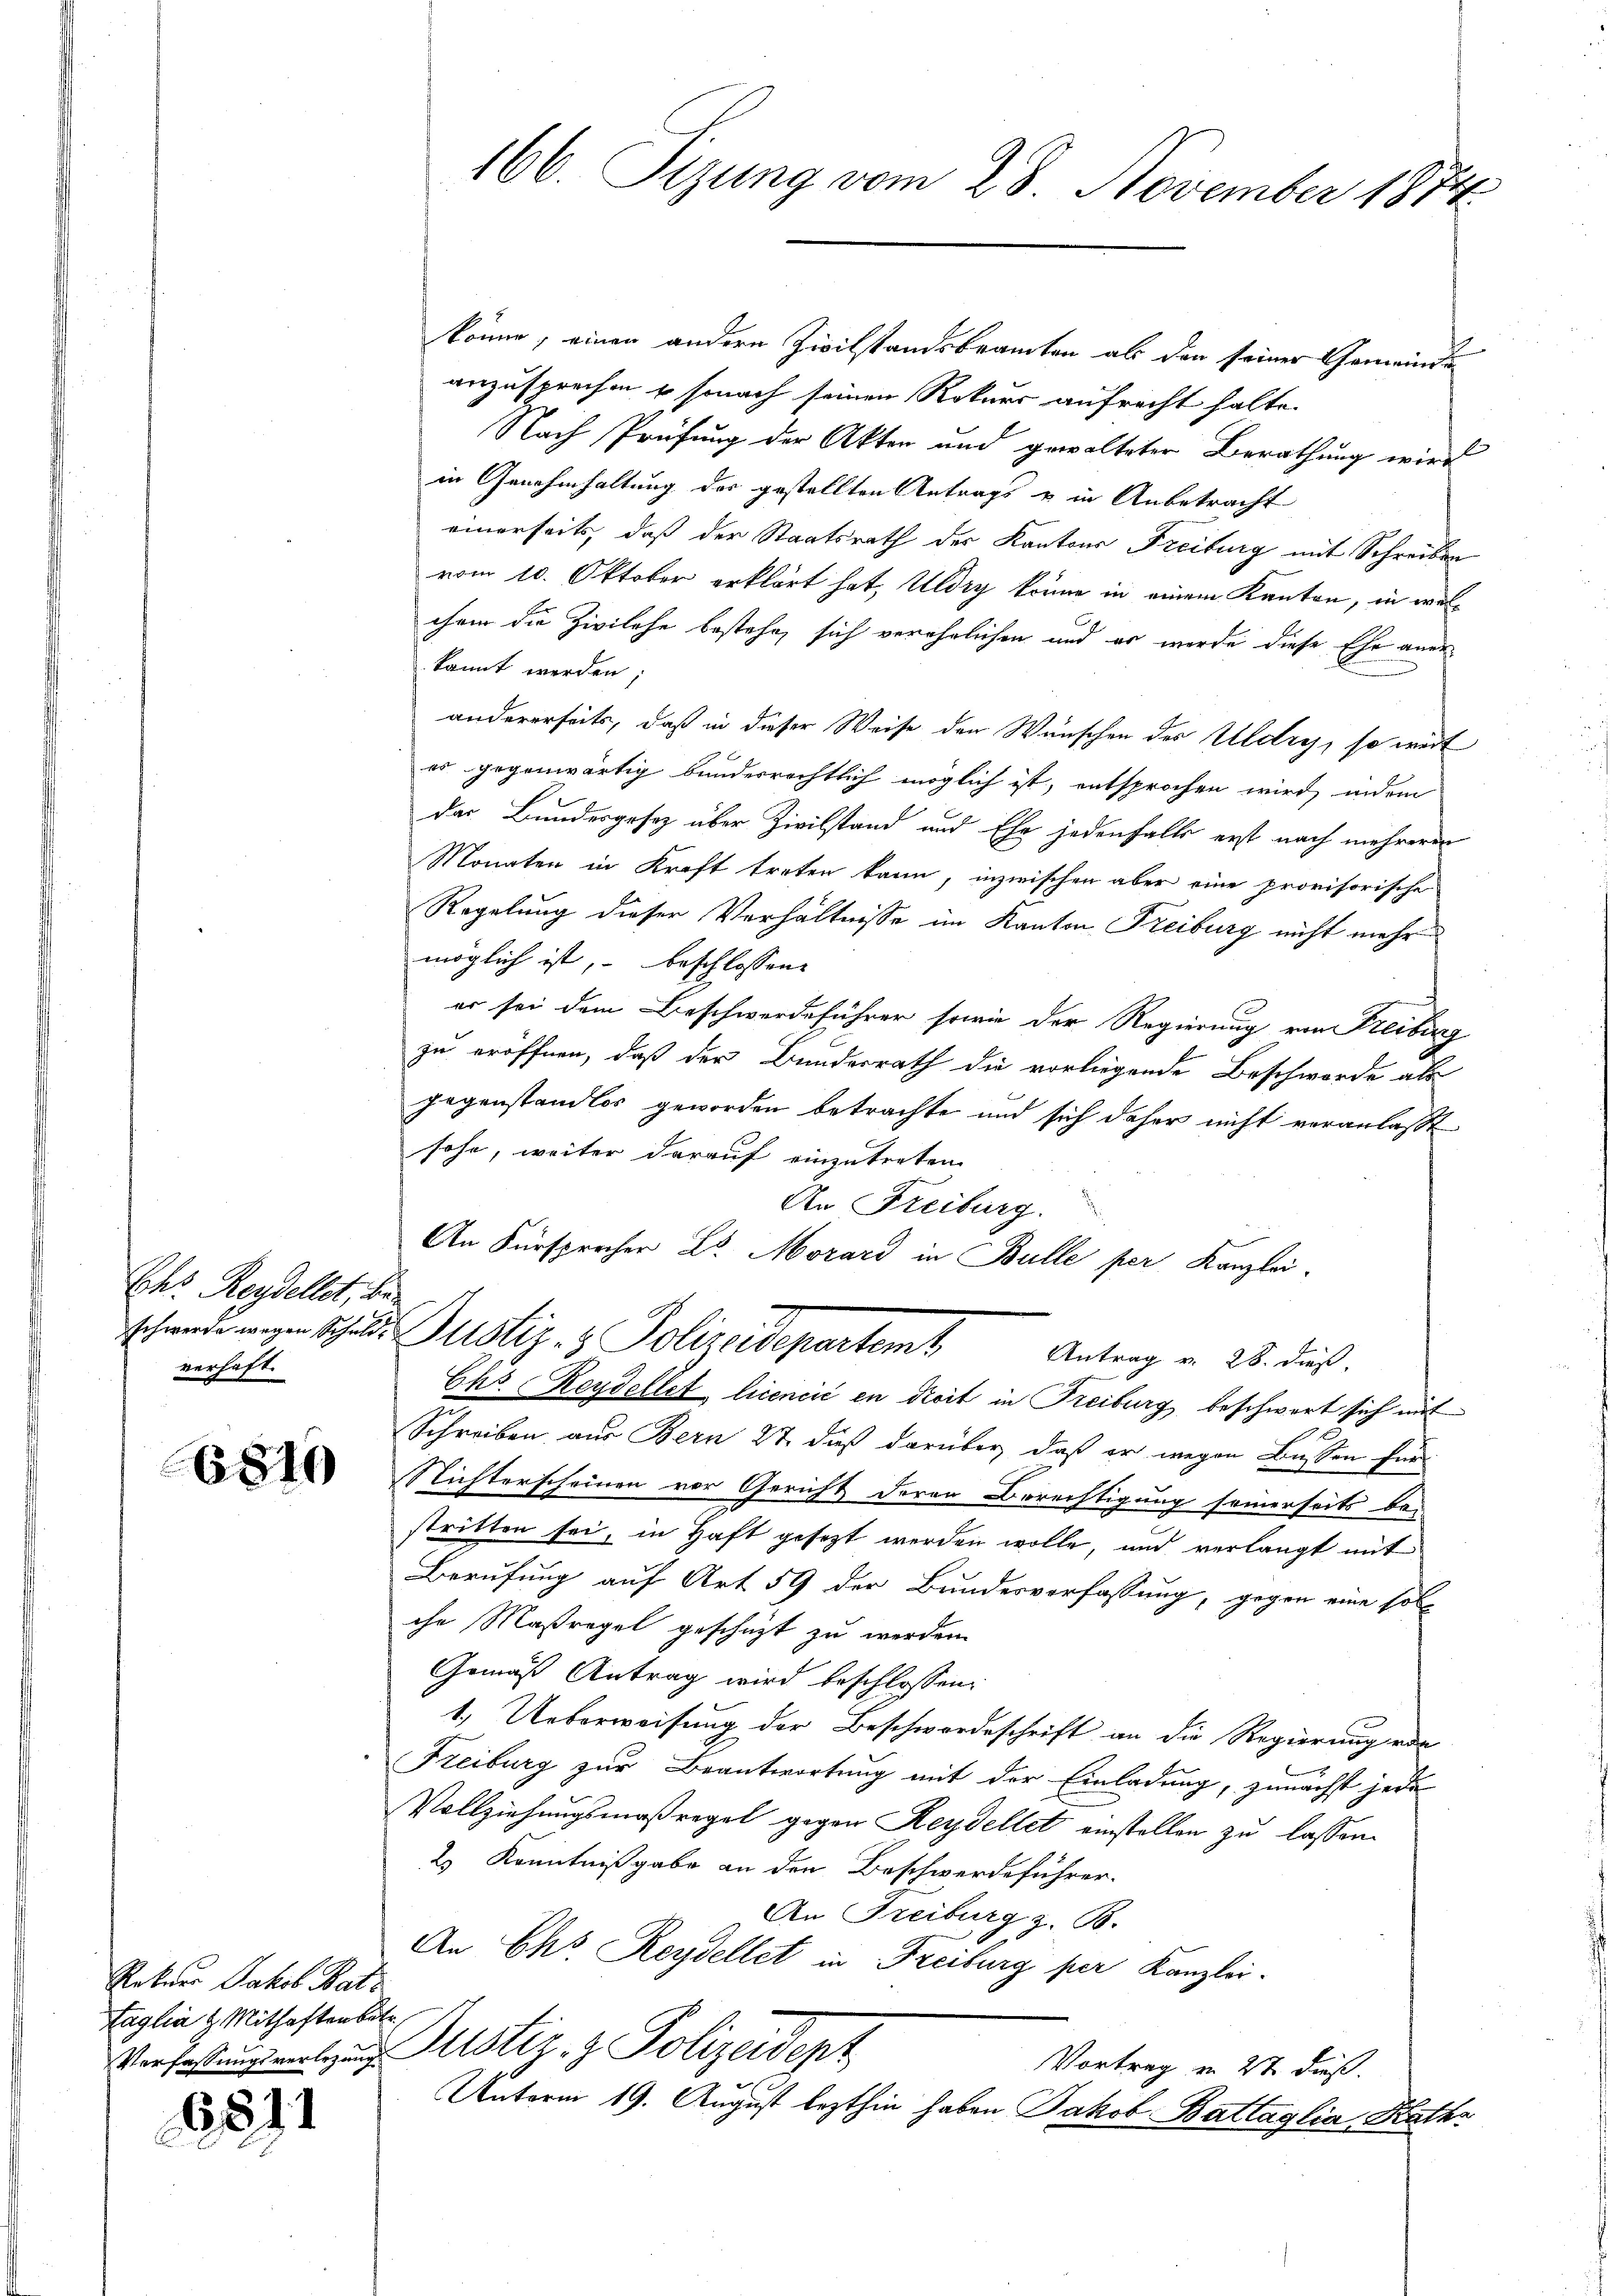
Ehr Reydellet, d.
verhaft.

6810

6811

Rekurr Jakob Batz
Taglia & Mithaftenbetr.

könne, einen andere Zivilstandsbeamten als den seiner Gemeinde
anzusprechen u sonach seinen Rekurs aufrecht halte.
Nach Prüfung der Akten und gewalteter Berathung wird
in Genehmhaltung des gestellten Antrags u in Anbetracht
einerseits, daß der Staatsrath der Kantons Freiburg mit Schreiben
vom 10. Oktober erklärt hat, Uldry könne in einem Kanton, in welchem die Zivilehe bestehe, sich verehelichen und er werde diese Ehe aner
kannt werden;
andererseits, daß in dieser Weise der Wünschen des Uldry, so weit
es gegenwärtig bundesrechtlich möglich ist, entsprochen wird, indem
der Bundesgesetz über Zivilstand und Ehe jedenfalls erst nach mehreren
Monaten in Kraft treten kann, inzwischen aber eine provisorische
Regelung dieser Verhältnisse im Kanton Freiburg nicht mehr
möglich ist, – beschlossene
er sei dem Beschwerdeführer sowie der Regierung von Freiburg
zu eröffnen, daß der Bundesrath die vorliegende Beschwerde als
gegenstandlos geworden betrachte und sich daher nicht veranlaßt
sohn, weiter darauf einzutreten
An Freiburg.
An Fürsprecher Dr. Morard in Bulle per Kanzlei-
2
schwerde wegen Schulde Justiz- & Polizeidepartem Antrag v. 28. dieß.
Ehs Reydellet licencić en droit in Freiburg beschwert sich mit
Schreiben aus Bern 27. dieß darüber, daß er wegen Bassen für
Richterscheinen vor Gericht deren Berechtigung seinerseits bestritten sei, in Haft gesetzt werden wolle, und verlangt mit
Berufung auf Art. 59 der Bundesverfassung, gegen eine soll
che Maßregel geschäzt zu werden.
Gemäß Antrag wird beschlossen:
1.) Ueberweisung der Beschwordeschrift an die Regierung de
Freiburg zur Beantwortung mit der Einladung, zunächst jede
Vollziehungsmaßregel gegen Reydellet einstellen zu lassen.
2) Kenntnißgabe an den Beschwerdeführer.
An Freiburg z. B.
An Eks Reydellet in Freiburg per Kanzlei-
Verfassung mitzung Sistiz- & Polizeidept
Vortrag in 2t dieß.
Unterm 19. August lezthin haben Jakob Battaglia Kathr

166. Sizung vom 28. November 1874.